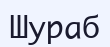
Шураб